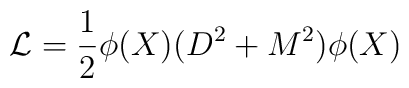
\mathcal{L} = \frac{1}{2} \phi(X)(D^2 + M^2)\phi(X)